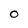
Character: O